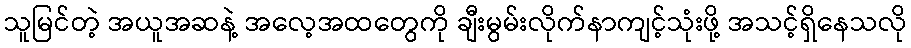
သူမြင်တဲ့ အယူအဆနဲ့ အလေ့အထတွေကို ချီးမွမ်းလိုက်နာကျင့်သုံးဖို့ အသင့်ရှိနေသလို